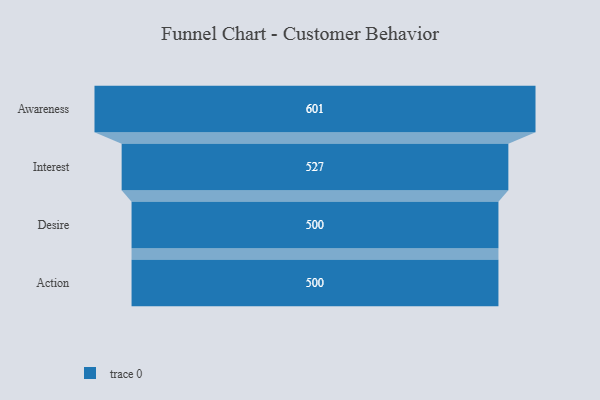
{"axis": {"x": "Stage", "y": "Value"}, "legend": [""], "data": [{"x": "Awareness", "y": 601.0, "type": ""}, {"x": "Interest", "y": 527.0, "type": ""}, {"x": "Desire", "y": 500, "type": ""}, {"x": "Action", "y": 500, "type": ""}]}